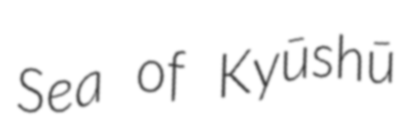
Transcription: Sea of Kyūshū